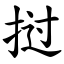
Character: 挝